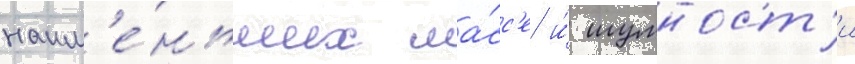
наим'е́ньших ма́сс'е и́ шумност'и